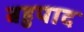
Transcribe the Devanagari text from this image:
बहुपाद